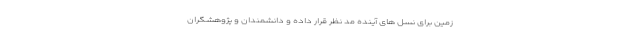
زمین برای نسل های آینده مد نظر قرار داده و دانشمندان و پژوهشگران